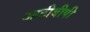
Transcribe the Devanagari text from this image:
आटीबीपी